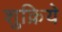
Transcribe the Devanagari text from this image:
शुक्रिये